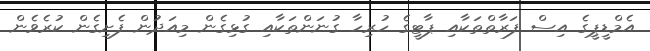
އެމްޑީޕީގެ އިސް ފަރާތްތަކާއި ޕާޓީގެ ހުރިހާ ގުނަންތަކާއި ގުޅިގެން މިއަދުން ފެށިގެން ކުރެވެން